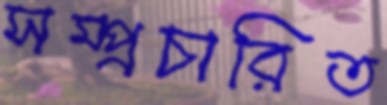
সম্প্রচারিত